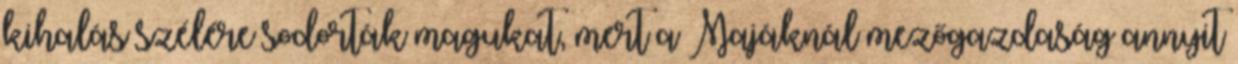
kihalás szélére sodorták magukat, mert a Majáknál mezőgazdaság annyit